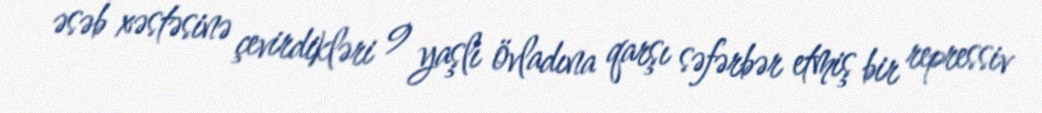
əsəb xəstəsinə çevirdikləri 9 yaşlı övladına qarşı səfərbər etmiş bir repressiv